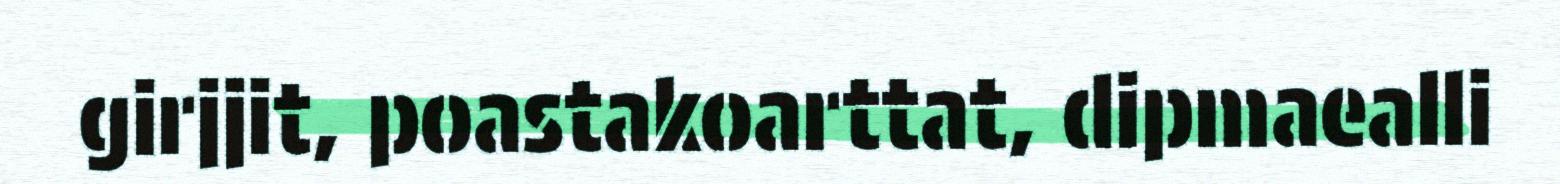
girjjit, poastakoarttat, dipmaealli